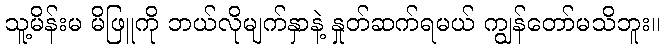
သူ့မိန်းမ မိဖြူကို ဘယ်လိုမျက်နှာနဲ့ နှုတ်ဆက်ရမယ် ကျွန်တော်မသိဘူး။